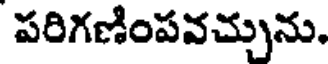
పరిగణింపవచ్చును.